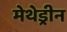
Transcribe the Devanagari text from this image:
मेथेड्रीन